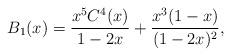
LaTeX: \begin{align*}B_1(x)&=\frac{x^5C^4(x)}{1-2x}+\frac{x^3(1-x)}{(1-2x)^2},\end{align*}